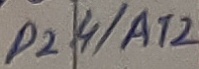
Text: P2.4/A12